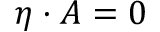
\eta \cdot A = 0